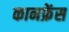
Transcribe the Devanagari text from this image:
कानफ्रेंस